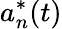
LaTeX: a_{n}^{*}(t)